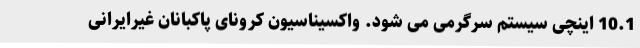
10.1 اینچی سیستم سرگرمی می شود. واکسیناسیون کرونای پاکبانان غیرایرانی